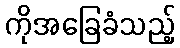
ကိုအခြေခံသည့်